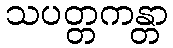
သပတ္တကန္တာ